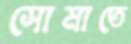
সোমাতে